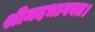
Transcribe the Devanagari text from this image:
श्रीमदभागवत।